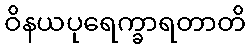
ဝိနယပုရေက္ခာရတာတိ